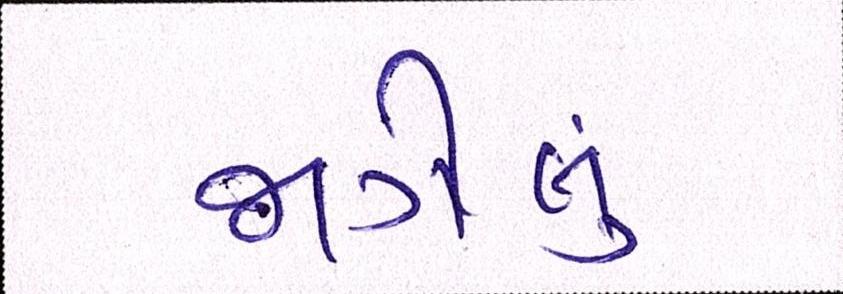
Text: જાગેલું